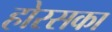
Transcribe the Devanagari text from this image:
होरसका